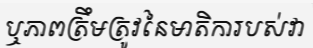
ឬភាពត្រឹមត្រូវនៃមាតិការបស់វា